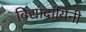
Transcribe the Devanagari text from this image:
विद्यादायिनी